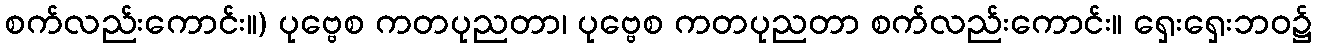
စက်လည်းကောင်း။) ပုဗ္ဗေစ ကတပုညတာ၊ ပုဗ္ဗေစ ကတပုညတာ စက်လည်းကောင်း။ ရှေးရှေးဘဝ၌